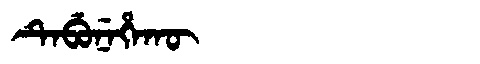
Manchu: ᡨᡝᠪᡠᠨᡝᡥᠠᡴᡡ
Romanization: TEBUNEHAKŪ